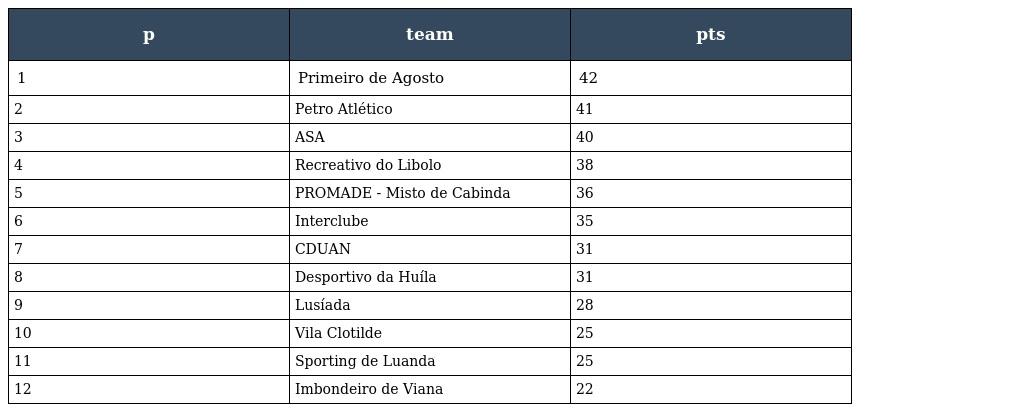
| p | team | pts |
 | --- | --- | --- |
 | 1 | Primeiro de Agosto | 42 |
 | 2 | Petro Atlético | 41 |
 | 3 | ASA | 40 |
 | 4 | Recreativo do Libolo | 38 |
 | 5 | PROMADE - Misto de Cabinda | 36 |
 | 6 | Interclube | 35 |
 | 7 | CDUAN | 31 |
 | 8 | Desportivo da Huíla | 31 |
 | 9 | Lusíada | 28 |
 | 10 | Vila Clotilde | 25 |
 | 11 | Sporting de Luanda | 25 |
 | 12 | Imbondeiro de Viana | 22 |